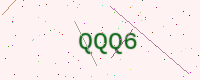
Text: QQQ6